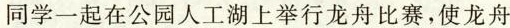
同学一起在公园人工湖上举行龙舟比赛，使龙舟